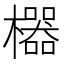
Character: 𱤱